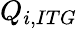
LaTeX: Q_{i,ITG}